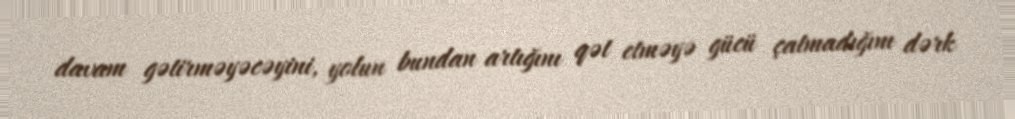
davam gətirməyəcəyini, yolun bundan artığını qət etməyə gücü çatmadığını dərk